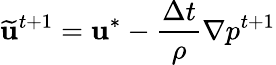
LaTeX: \mathbf{\widetilde{u}}^{t+1}=\mathbf{u}^{*}-\frac{\Delta t}{\rho}\nabla{p}^{t+1}